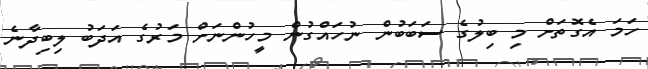
ހަމަ އެގޮތަށް މި ބިލުގެ ސަބަބުން ނުހައްގުން މީހުންނަށް މަރުގެ އަދަބު ލިބިދާނެ